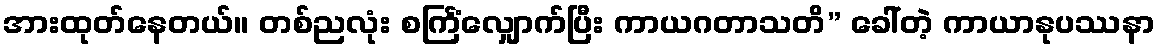
အားထုတ်နေတယ်။ တစ်ညလုံး စင်္ကြံလျှောက်ပြီး ကာယဂတာသတိ” ခေါ်တဲ့ ကာယာနုပဿနာ